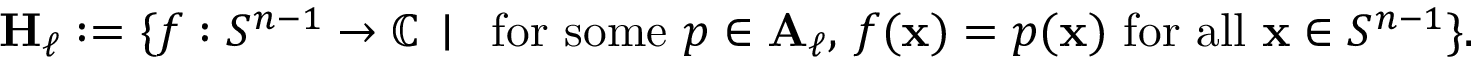
\mathbf { H } _ { \ell } : = \{ f : S ^ { n - 1 } \to \mathbb { C } \, \mid \, { \mathrm { ~ f o r ~ s o m e ~ } } p \in \mathbf { A } _ { \ell } , \, f ( \mathbf { x } ) = p ( \mathbf { x } ) { \mathrm { ~ f o r ~ a l l ~ } } \mathbf { x } \in S ^ { n - 1 } \} .